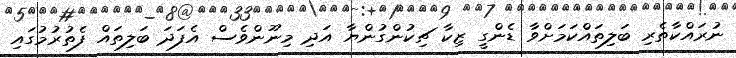
ނުރައްކާތެރި ބަލިތައްކަމަށްވާ ޑެންގީ ޒިކާ ޗިކުންގުންޔާ އަދި މިނޫންވެސް އެފަދަ ބަލިތައް ފެތުރުމުގައި